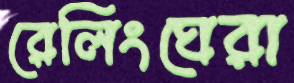
রেলিংঘেরা